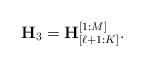
LaTeX: \begin{align*}\mathbf{H}_3 = \mathbf{H}^{[1:M]}_{[\ell+1:K]}.\end{align*}